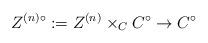
LaTeX: \begin{align*}Z^{(n)\circ}:=Z^{(n)}\times _C C^{\circ}\to C^{\circ}\end{align*}